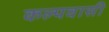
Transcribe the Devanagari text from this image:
कल्पवासी